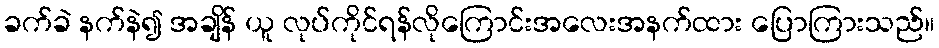
ခက်ခဲ နက်နဲ၍ အချိန် ယူ လုပ်ကိုင်ရန်လိုကြောင်းအလေးအနက်ထား ပြောကြားသည်။